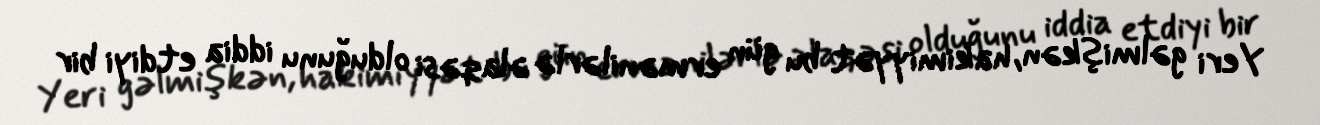
Yeri gəlmişkən, hakimiyyət bu gün ermənilərlə əlaqəsi olduğunu iddia etdiyi bir